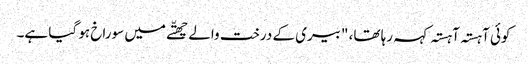
کوئی آہستہ آہستہ کہہ رہا تھا، "بیری کے درخت والے چھتّے میں سوراخ ہو گیا ہے۔